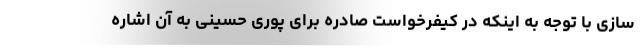
سازی با توجه به اینکه در کیفرخواست صادره برای پوری حسینی به آن اشاره